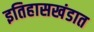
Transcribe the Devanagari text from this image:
इतिहासखंडात